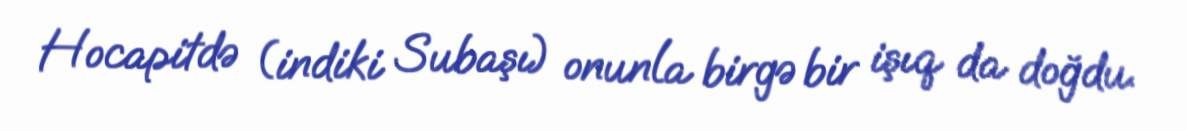
Hocapitdə (indiki Subaşı) onunla birgə bir işıq da doğdu.